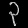
Digit: ၃